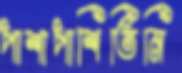
পাশাপাশিতিনি